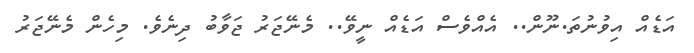
އަޑެއް އިވުނުތަ.ނޫން.. އެއްވެސް އަޑެއް ނީވޭ.. މެނޭޖަރު ޖަވާބު ދިނެވެ. މިހެން މެނޭޖަރު